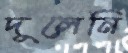
দুলেনি